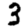
Digit: 3